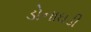
ડોનાઘડી